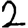
Digit: 2